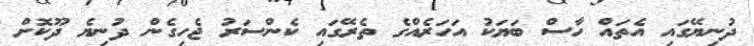
ދުނިޔޭގައި އެތައް ހާސް ބަޔަކު އަހަރެއްގެ ތެރޭގައި ކެންސަރު ޖެހިގެން ދުނިޔެ ދޫކޮށް